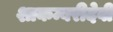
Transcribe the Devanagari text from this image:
शाकम्बरीदेवी